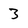
Character: 3